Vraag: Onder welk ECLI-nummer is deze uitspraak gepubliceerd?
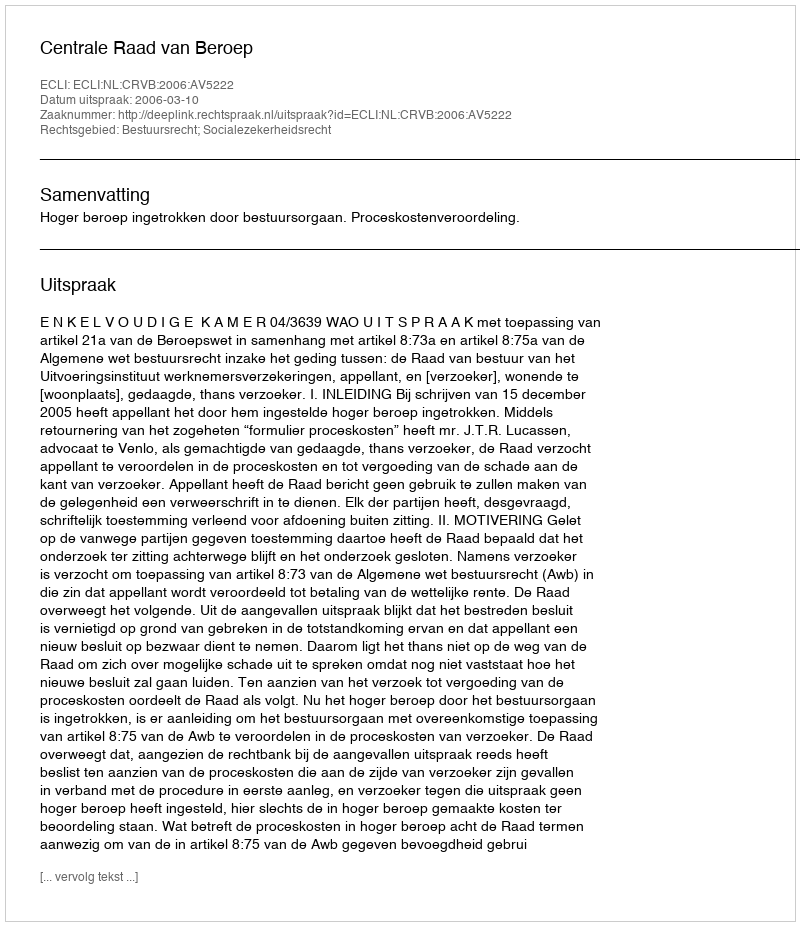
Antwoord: ECLI:NL:CRVB:2006:AV5222